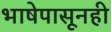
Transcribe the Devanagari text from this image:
भाषेपासूनही